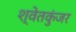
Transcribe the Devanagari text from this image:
श्वेतकुंजर